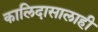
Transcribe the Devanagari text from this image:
कालिदासालाही